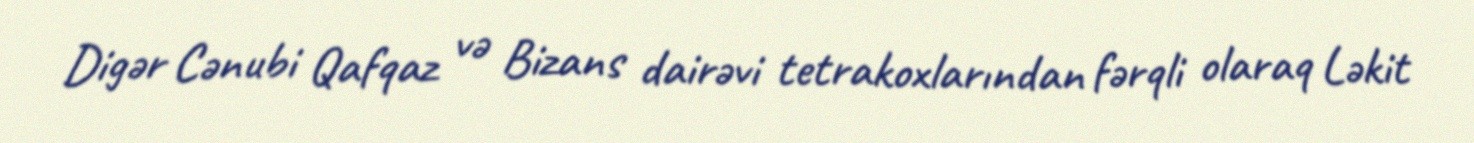
Digər Cənubi Qafqaz və Bizans dairəvi tetrakoxlarından fərqli olaraq Ləkit